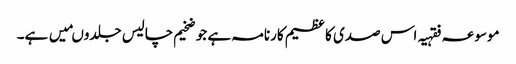
موسوعہ فقہیہ اس صدی کا عظیم کارنامہ ہے جو ضخیم چالیس جلدوںمیں ہے۔